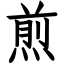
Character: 煎